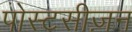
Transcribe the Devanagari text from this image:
पोस्टसीज़न